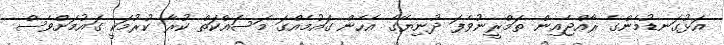
އަޅުގަނޑުމެންގެ ރާއްޖެއިން ތަމްރީނުވެފަ ދުނިޔޭގެ އެހެން ގައުމެއްގަ މަސައްކަތް ކުރާ ކުރުމަކީ ގައުމަށްވެސް